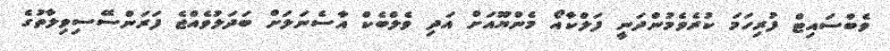
ވެބްސައިޓް ފުރިހަމަ ކުރެވެމުންދަނީ ފަލްކާއޯ މެންޔޫއަށް އަދި ވެލްބެކް އާސެނަލަށް ބަދަލުވެއްޖެ ފަރަންސޭސިވިލާތުގެ